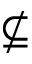
\nsubseteq